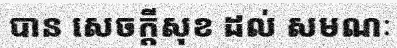
បាន សេចក្តីសុខ ដល់ សមណៈ